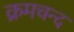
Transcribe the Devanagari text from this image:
क्रमचन्द